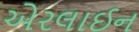
એરલાઈન